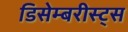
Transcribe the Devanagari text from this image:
डिसेम्बरीस्ट्स